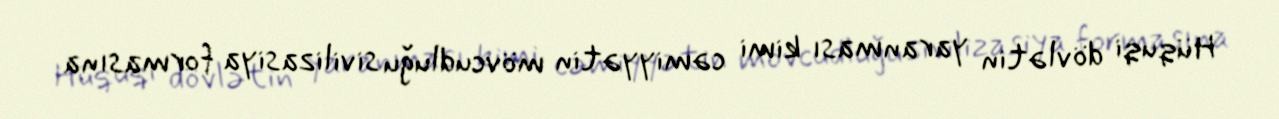
Hüquqi dövlətin yaranması kimi cəmiyyətin mövcudluğu sivilizasiya formasına